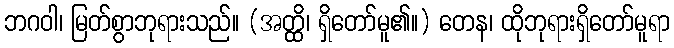
ဘဂဝါ၊ မြတ်စွာဘုရားသည်။ (အတ္ထိ၊ ရှိတော်မူ၏။) တေန၊ ထိုဘုရားရှိတော်မူရာ